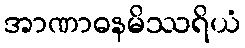
အာဏာဓနမိဿရိယံ